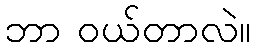
ဘာ ဝယ်တာလဲ။